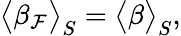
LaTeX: \big<\beta_{\mathcal{F}}\big>_{S}=\big<\beta\big>_{S},